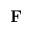
\mathbf { F }